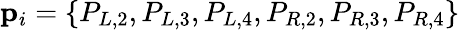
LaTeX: \mathbf{p}_{i}=\left\{ P_{L,2},P_{L,3},P_{L,4},P_{R,2},P_{R,3},P_{R,4}\right\}